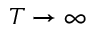
T \to \infty